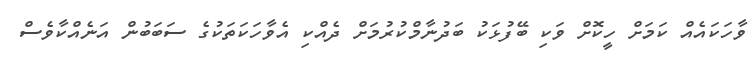
ވާހަކައެއް ކަމަށް ހީކޮށް ވަކި ބޭފުޅަކު ބަދުނާމްކުރުމަށް ދެއްކި އެވާހަކަތަކުގެ ސަބަބުން އަނެއްކާވެސް